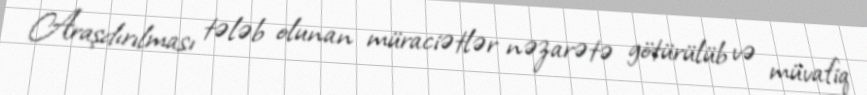
Araşdırılması tələb olunan müraciətlər nəzarətə götürülüb və müvafiq